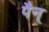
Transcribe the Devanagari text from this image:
पैन्